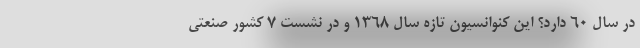
در سال 60 دارد؟ این کنوانسیون تازه سال 1368 و در نشست 7 کشور صنعتی